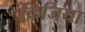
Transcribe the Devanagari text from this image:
क्रिजिया